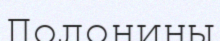
Полонины